Leprosy in India: report of the Leprosy Commission in India, 1890-91
Year: 1890
Disease focus: Leprosy
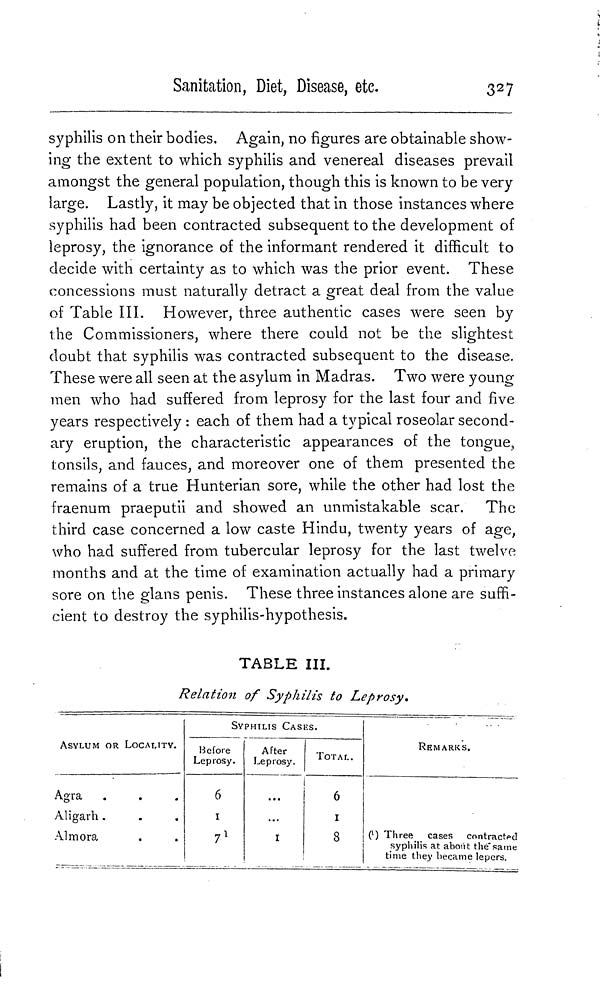
Sanitation, Diet, Disease, etc.
327
syphilis on their bodies. Again, no figures are obtainable show-
ing the extent to which syphilis and venereal diseases prevail
amongst the general population, though this is known to be very
large. Lastly, it may be objected that in those instances where
syphilis had been contracted subsequent to the development of
leprosy, the ignorance of the informant rendered it difficult to
decide with certainty as to which was the prior event. These
concessions must naturally detract a great deal from the value
of Table III. However, three authentic cases were seen by
the Commissioners, where there could not be the slightest
doubt that syphilis was contracted subsequent to the disease.
These were all seen at the asylum in Madras. Two were young
men who had suffered from leprosy for the last four and five
years respectively : each of them had a typical roseolar second-
ary eruption, the characteristic appearances of the tongue,
tonsils, and fauces, and moreover one of them presented the
remains of a true Hunterian sore, while the other had lost the
fraenum praeputii and showed an unmistakable scar. The
third case concerned a low caste Hindu, twenty years of age,
who had suffered from tubercular leprosy for the last twelve
months and at the time of examination actually had a primary
sore on the glans penis. These three instances alone are suffi-
cient to destroy the syphilis-hypothesis.
TABLE III.
Relation of Syphilis to Leprosy.
ASYLUM OR LOCALITY.
Agra .
Aligarh .
Almora
SYPHILIS CASES.
Before
Leprosy.
6
1
7 1
After
Leprosy.
I
TOTAL.
6
1
8
REMARKS.
(1) Three cases contracted
syphilis at about the same
time they became lepers.